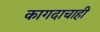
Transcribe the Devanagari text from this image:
कागदाचाही